Investigations on Bengal jail dietaries - Number 37
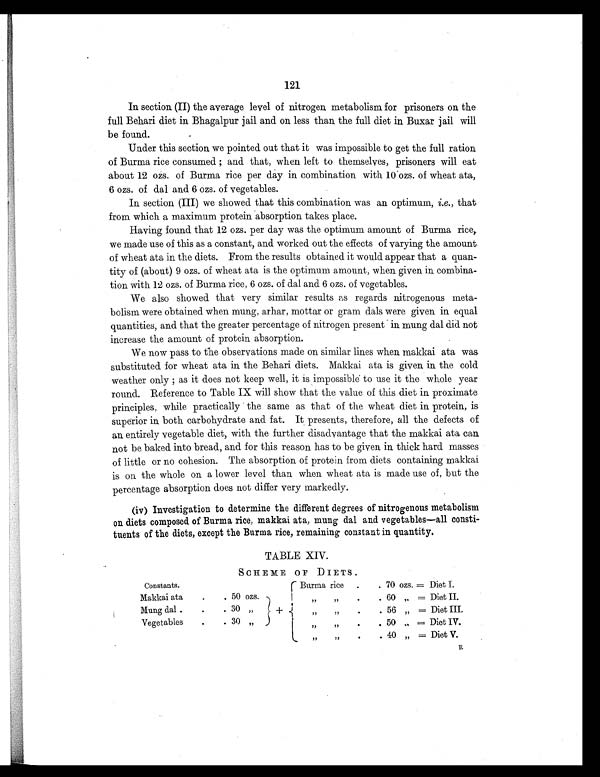
121
In section (II) the average level of nitrogen metabolism for prisoners on the
full Behari diet in Bhagalpur jail and on less than the full diet in Buxar jail will
be found.
Under this section we pointed out that it was impossible to get the full ration
of Burma rice consumed ; and that, when left to themselves, prisoners will eat
about 12 ozs. of Burma rice per day in combination with 10 ozs. of wheat ata,
6 ozs. of dal and 6 ozs. of vegetables.
In section (III) we showed that this combination was an optimum, i.e., that
from which a maximum protein absorption takes place.
Having found that 12 ozs. per day was the optimum amount of Burma rice,
we made use of this as a constant, and worked out the effects of varying the amount
of wheat ata in the diets. From the results obtained it would appear that a quan-
tity of (about) 9 ozs. of wheat ata is the optimum amount, when given in combina-
tion with 12 ozs. of Burma rice, 6 ozs. of dal and 6 ozs. of vegetables.
We also showed that very similar results as regards nitrogenous meta-
bolism were obtained when mung, arhar, mottar or gram dals were given in equal
quantities, and that the greater percentage of nitrogen present in mung dal did not
increase the amount of protein absorption.
We now pass to the observations made on similar lines when makkai ata was
substituted for wheat ata in the Behari diets. Makkai ata is given in the cold
weather only ; as it does not keep well, it is impossible to use it the whole year
round. Reference to Table IX will show that the value of this diet in proximate
principles, while practically the same as that of the wheat diet in protein, is
superior in both carbohydrate and fat. It presents, therefore, all the defects of
an entirely vegetable diet, with the further disadvantage that the makkai ata can
not be baked into bread, and for this reason has to be given in thick hard masses
of little or no cohesion. The absorption of protein from diets containing makkai
is on the whole on a lower level than when wheat ata is made use of, but the
percentage absorption does not differ very markedly.
(iv) Investigation to determine the different degrees of nitrogenous metabolism
on diets composed of Burma rice, makkai ata, mung dal and vegetables—all consti-
tuents of the diets, except the Burma rice, remaining constant in quantity.
TABLE XIV.
Constants.
Burma rice .
. 70 ozs. = Diet I.
Makkai ata
.
. 50 ozs.
”
” .
. 60 ” = Diet II.
Mung dal .
.
. 30 „
+
”
”
.
.
56 ”
= Diet III.
Vegetables
.
. 30 ”
”
”
.
. 50 ” = Diet IV.
”
” .
. 40 ” = Diet V.
R